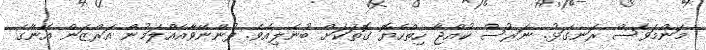
މަންމަވެސް ރަނގަޅު. ނަރުސް ކުއްޖާ ހިތްހެޔޮ ގޮތަކަށް ބުނެލިއެވެ. ފުންނޭވާއެއްލަމުން އަރްޒަން އޭނާގެ